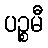
ပဉ္စမီ